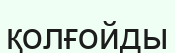
қолғойды